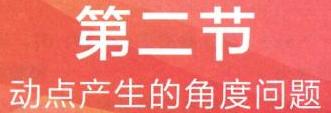
\section{动点产生的角度问题}